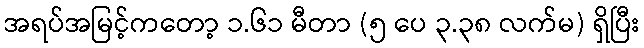
အရပ်အမြင့်ကတော့ ၁.၆၁ မီတာ (၅ ပေ ၃.၃၈ လက်မ) ရှိပြီး